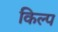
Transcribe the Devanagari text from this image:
किल्प